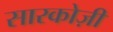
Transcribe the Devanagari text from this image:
सारकोज़ी